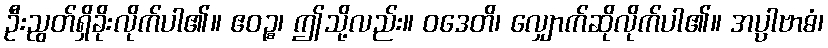
ဦးညွတ်ရှိခိုးလိုက်ပါ၏။ ဧဝဉ္စ၊ ဤသို့လည်း။ ဝဒေတိ၊ လျှောက်ဆိုလိုက်ပါ၏။ အပ္ပါဗာဓံ၊